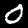
Digit: 0